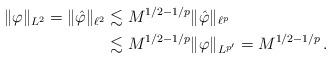
LaTeX: \begin{align*}\|\varphi\|_{L^2} = \|\hat{\varphi}\|_{\ell^2} &\lesssim M^{1/2-1/p}\|\hat{\varphi}\|_{\ell^{p}} \\&\lesssim M^{1/2-1/p} \|\varphi\|_{L^{p'}} = M^{1/2-1/p}\,.\end{align*}